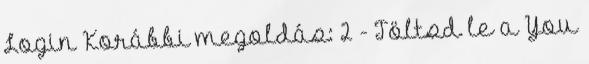
Login Korábbi megoldás: 2 - Töltsd le a You